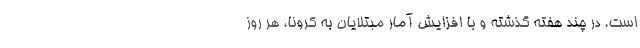
است. در چند هفته گذشته و با افزایش آمار مبتلایان به کرونا، هر روز